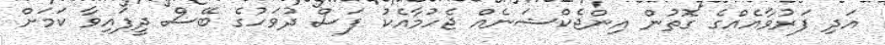
އަދި ފަރުވާއެއްގެ ގޮތުން އިންޖެކްޝަނެއް ޖެހުމާއެކު ފަސް ދުވަހުގެ ބޭސް ދީފައިވާ ކަމަށް